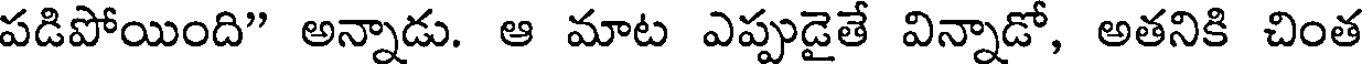
పడిపోయింది" అన్నాడు. ఆ మాట ఎప్పుడైతే విన్నాడో, అతనికి చింత